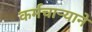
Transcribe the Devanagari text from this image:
कर्मचार्‍याने